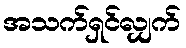
အသက်ရှင်လျှက်